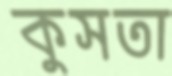
কুসতা